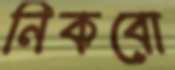
নিকবো